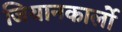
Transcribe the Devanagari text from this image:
जियानकार्लो